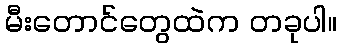
မီးတောင်တွေထဲက တခုပါ။